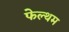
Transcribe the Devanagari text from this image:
फेल्थम